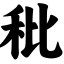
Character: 秕